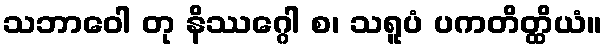
သဘာဝေါ တု နိဿဂ္ဂေါ စ၊ သရူပံ ပကတိတ္ထိယံ။